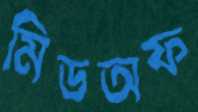
মিডঅফ